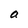
Character: a